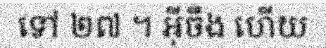
ទៅ ២៧ ។ អ៊ីចឹង ហើយ